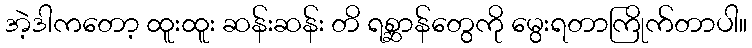
အဲ့ဒါကတော့ ထူးထူး ဆန်းဆန်း တိ ရစ္ဆာန်တွေကို မွေးရတာကြိုက်တာပါ။